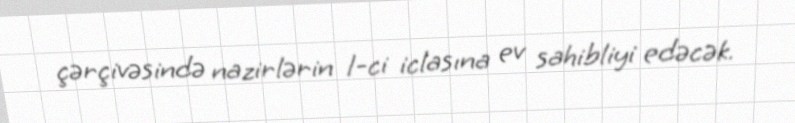
çərçivəsində nazirlərin 1-ci iclasına ev sahibliyi edəcək.